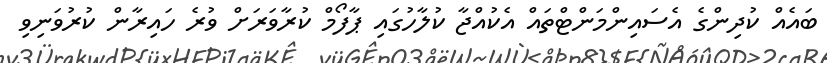
ބައެއް ކުދިންގެ އެސައިންމަންޓްތައް އެކުއްޖާ ކުލާހުގައި ޕާފޯމް ކުރާވަރަށް ވުރެ ހައިރާން ކުރުވަނިވި